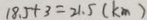
1 8 . 5 + 3 = 2 1 . 5 ( k m )